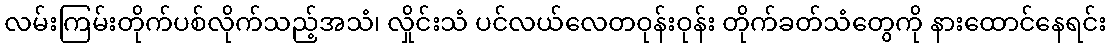
လမ်းကြမ်းတိုက်ပစ်လိုက်သည့်အသံ၊ လှိုင်းသံ ပင်လယ်လေတဝုန်းဝုန်း တိုက်ခတ်သံတွေကို နားထောင်နေရင်း